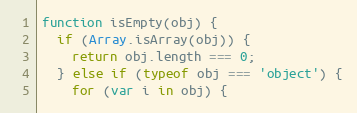
Language: JavaScript
function isEmpty(obj) {
  if (Array.isArray(obj)) {
    return obj.length === 0;
  } else if (typeof obj === 'object') {
    for (var i in obj) {